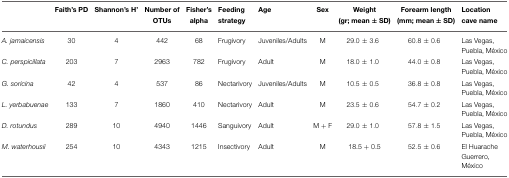
<table><thead><tr><td></td><td><b>Faith&#x27;s PD</b></td><td><b>Shannon&#x27;s H&#x27;</b></td><td><b>Number of OTUs</b></td><td><b>Fisher&#x27;s alpha</b></td><td><b>Feeding strategy</b></td><td><b>Age</b></td><td><b>Sex</b></td><td><b>Weight (gr; mean ± SD)</b></td><td><b>Forearm length (mm; mean ± SD)</b></td><td><b>Location cave name</b></td></tr></thead><tbody><tr><td><i>A. jamaicensis</i></td><td>30</td><td>4</td><td>442</td><td>68</td><td>Frugivory</td><td>Juveniles/Adults</td><td>M</td><td>29.0 ± 3.6</td><td>60.8 ± 0.6</td><td>Las Vegas, Puebla, México</td></tr><tr><td><i>C. perspicillata</i></td><td>203</td><td>7</td><td>2963</td><td>782</td><td>Frugivory</td><td>Adult</td><td>M</td><td>18.0 ± 1.0</td><td>44.0 ± 0.8</td><td>Las Vegas, Puebla, México</td></tr><tr><td><i>G. soricina</i></td><td>42</td><td>4</td><td>537</td><td>86</td><td>Nectarivory</td><td>Juveniles/Adults</td><td>M</td><td>10.5 ± 0.5</td><td>36.8 ± 0.8</td><td>Las Vegas, Puebla, México</td></tr><tr><td><i>L. yerbabuenae</i></td><td>133</td><td>7</td><td>1860</td><td>410</td><td>Nectarivory</td><td>Adult</td><td>M</td><td>23. 5 ± 0.6</td><td>54.7 ± 0.2</td><td>Las Vegas, Puebla, México</td></tr><tr><td><i>D. rotundus</i></td><td>289</td><td>10</td><td>4940</td><td>1446</td><td>Sanguivory</td><td>Adult</td><td>M + F</td><td>29.0 ± 1.0</td><td>57.8 ± 1.5</td><td>Las Vegas, Puebla, México</td></tr><tr><td><i>M. waterhousii</i></td><td>254</td><td>10</td><td>4343</td><td>1215</td><td>Insectivory</td><td>Adult</td><td>M</td><td>18.5 + 0.5</td><td>52.5 ± 0.6</td><td>El Huarache Guerrero, México</td></tr></tbody></table>